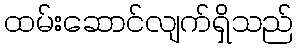
ထမ်းဆောင်လျက်ရှိသည်